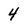
Character: 4